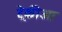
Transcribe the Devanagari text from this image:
ट्रेकीआ